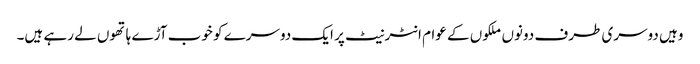
وہیں دوسری طرف دونوں ملکوں کے عوام انٹرنیٹ پر ایک دوسرے کو خوب آڑے ہاتھوں لے رہے ہیں۔